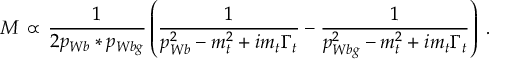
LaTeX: { \cal { M } } \, \propto \, { \frac { 1 } { 2 p _ { W b } * p _ { W b g } } } \left( { \frac { 1 } { p _ { W b } ^ { 2 } - m _ { t } ^ { 2 } + i m _ { t } \Gamma _ { t } } } - { \frac { 1 } { p _ { W b g } ^ { 2 } - m _ { t } ^ { 2 } + i m _ { t } \Gamma _ { t } } } \right) \; .